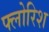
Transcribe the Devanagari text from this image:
फ्लोरिश